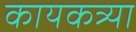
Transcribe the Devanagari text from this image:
कायकत्र्या